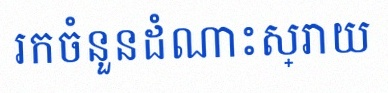
រកចំនួនដំណោះស្រាយ